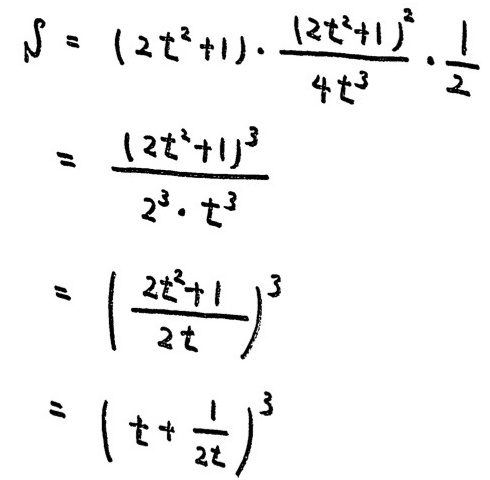
\[
\begin{align*}
S&=(2t^{2}+1)\cdot\frac{(2t^{2}+1)^{2}}{4t^{3}}\cdot\frac{1}{2}\\
&=\frac{(2t^{2}+1)^{3}}{2^{3}\cdot t^{3}}\\
&=\left(\frac{2t^{2}+1}{2t}\right)^{3}\\
&=\left(t + \frac{1}{2t}\right)^{3}
\end{align*}
\]